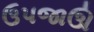
ઉપજાઊ